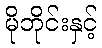
မိုဘိုင်းနှင့်